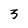
Character: 5